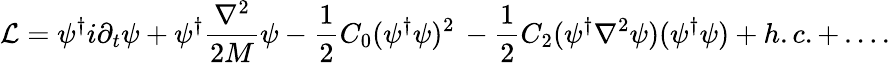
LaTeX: {\cal L}=\psi^{\dagger}i\partial_{t}\psi+\psi^{\dagger}\frac{\nabla^{2}}{2M}\psi-\frac{1}{2}C_{0}(\psi^{\dagger}\psi)^{2}\, -\frac{1}{2}C_{2}(\psi^{\dagger}\nabla^{2}\psi)(\psi^{\dagger}\psi)+h.c.+\ldots.